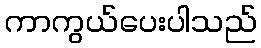
ကာကွယ်ပေးပါသည်